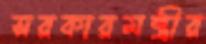
সরকারমন্ত্রীর